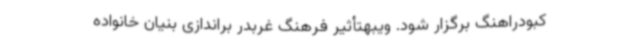
کبودراهنگ برگزار شود. ویبهتأثیر فرهنگ غربدر براندازی بنیان خانواده